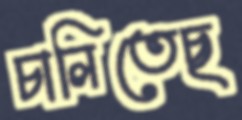
চালিতেছ